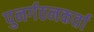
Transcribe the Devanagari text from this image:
पुनर्गठनकर्ता